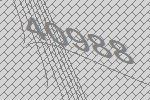
40988